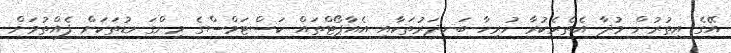
އޭގެ އިތުރުން މުދާ އެތެރެކުރާ ހުރިހާ ބަނދަރުތަކާއި އެއާޕޯޓްތައް ކަސްޓަމްސްގެ މިންގަނޑުތަކަށް ފެއްތުމަށް